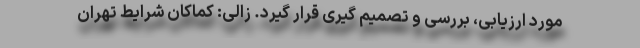
مورد ارزیابی، بررسی و تصمیم گیری قرار گیرد. زالی: کماکان شرایط تهران